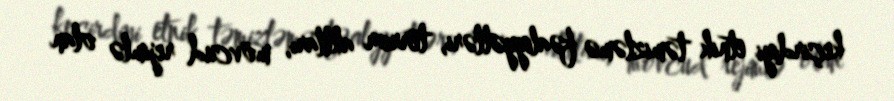
keçirdiyi etnik təmizləmə fəaliyyətləri, terror aktları, mövcud rejimlə olan